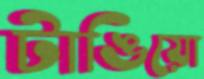
টাঙিয়ো